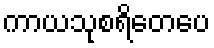
ကာယသုစရိတေပေ